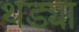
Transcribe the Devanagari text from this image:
थड्या